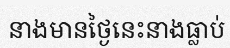
នាងមានថ្ងៃនេះនាងធ្លាប់